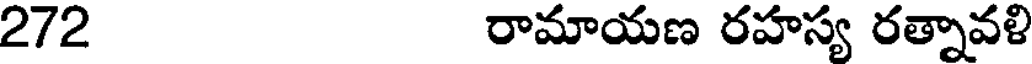
272 రామాయణ రహస్య రత్నావళి